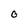
Character: 0